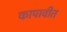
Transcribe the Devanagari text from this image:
कापावीत